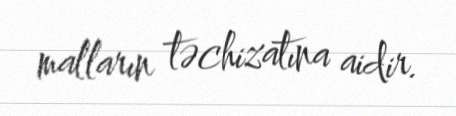
malların təchizatına aidir.